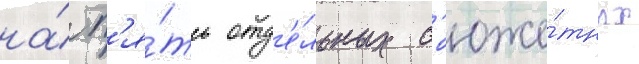
на́ п'я́ть отд'е́льных с'юже́тных